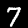
Label: 7